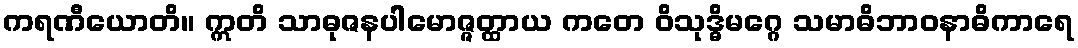
ကရဏီယောတိ။ ဣတိ သာဓုဇနပါမောဇ္ဇတ္ထာယ ကတေ ဝိသုဒ္ဓိမဂ္ဂေ သမာဓိဘာဝနာဓိကာရေ